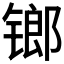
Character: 𨱍